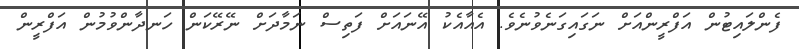
ފެންލައިޓުން އަފްރީންއަށް ނަގައިގަނެވުނެވެ. އެއާއެކު އޭނައަށް ފަތިސް ނަމާދަށް ނޭރޭކަން ހަނދާންވުމުން އަފްރީން